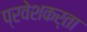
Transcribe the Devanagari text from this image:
प्रवेशकर्ता